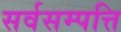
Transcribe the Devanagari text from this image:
सर्वसम्पत्ति